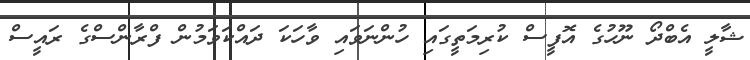
ޝާލީ އެބްދޯ ނޫހުގެ އޮފީސް ކުރިމަތީގައި ހުންނަވައި ވާހަކަ ދައްކަވަމުން ފްރާންސްގެ ރައީސް